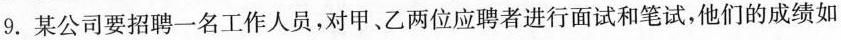
9.某公司要招聘一名工作人员，对甲、乙两位应聘者进行面试和笔试，他们的成绩如